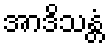
အာဒိသန္တံ